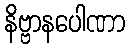
နိဗ္ဗာနပေါဏာ